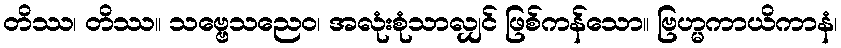
တိဿ၊ တိဿ။ သဗ္ဗေသညေဝ၊ အလုံးစုံသာလျှင် ဖြစ်ကန်သော။ ဗြဟ္မကာယိကာနံ၊